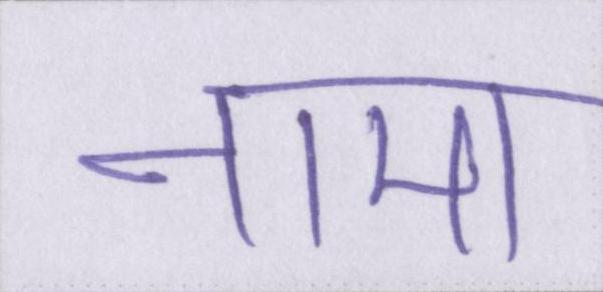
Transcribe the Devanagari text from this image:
नामा